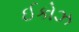
ઈકોઝ